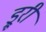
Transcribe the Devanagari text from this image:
ड्रूरी